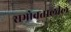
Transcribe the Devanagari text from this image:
सभोवतालील